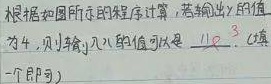
根据如图所示的程序计算，若输出\(y\)的值为\(4\)，则输入\(x\)的值可以是 \underline{\(2\)}。(填一个即可)